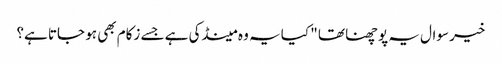
خیر سوال یہ پوچھنا تھا " کیا یہ وہ مینڈکی ہے جسے زکام بھی ہو جاتا ہے؟